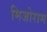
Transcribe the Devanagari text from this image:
मिजोराम